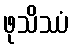
ဖုသိဿံ